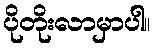
ပိုတိုးလာမှာပါ။